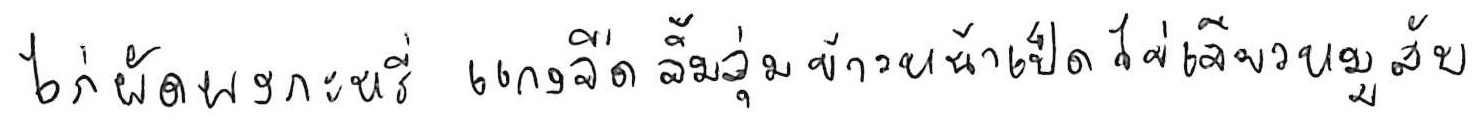
ไก่ผัดผงกะหรี่ แกงจืด จิ้มจุ่ม ข้าวหน้าเป็ด ไข่เจียวหมูสับ